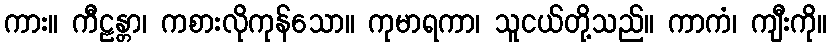
ကား။ ကီဠန္တာ၊ ကစားလိုကုန်သော။ ကုမာရကာ၊ သူငယ်တို့သည်။ ကာကံ၊ ကျီးကို။